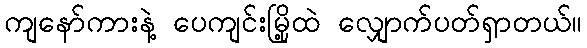
ကျနော်ကားနဲ့ ပေကျင်းမြို့ထဲ လျှောက်ပတ်ရှာတယ်။